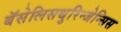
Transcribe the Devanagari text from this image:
बॅसेलिसथुरिन्जेन्सिस